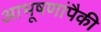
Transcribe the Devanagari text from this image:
आभूषणांपैकी